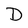
Character: D